Civil Veterinary Department. Madras. Admin. report 1926-33 - 1926-1933
Year: 1926
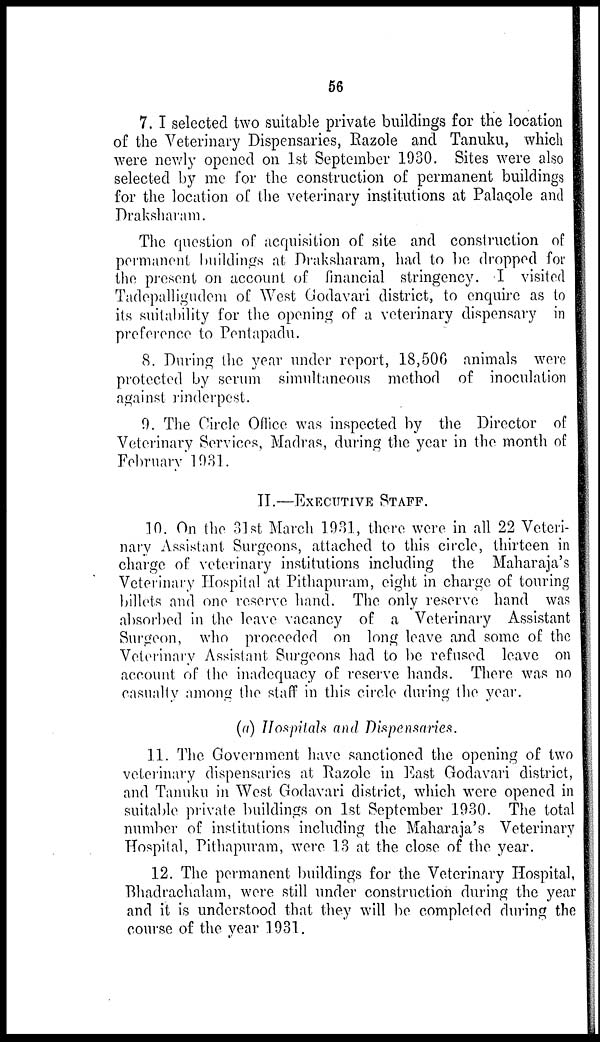
56
7. I selected two suitable private buildings for the location
of the Veterinary Dispensaries, Razole and Tanuku, which
were newly opened on 1st September 1930. Sites were also
selected by me for the construction of permanent buildings
for the location of the veterinary institutions at Palacole and
Draksharam.
The question of acquisition of site and construction of
permanent buildings at Draksharam, had to be dropped for
the present on account of financial stringency. I visited
Tadepalligudem of West Godavari district, to enquire as to
its suitability for the opening of a veterinary dispensary in
preference to Pentapadu.
8. During the year under report, 18,506 animals were
protected by serum simultaneous method of inoculation
against rinderpest.
9. The Circle Office was inspected by the Director of
Veterinary Services, Madras, during the year in the month of
February 1931.
II.—EXECUTIVE STAFF.
10. On the 31st March 1931, there were in all 22 Veteri-
nary Assistant Surgeons, attached to this circle, thirteen in
charge of veterinary institutions including the Maharaja's
Veterinary Hospital at Pithapuram, eight in charge of touring
billets and one reserve hand. The only reserve hand was
absorbed in the leave vacancy of a Veterinary Assistant
Surgeon, who proceeded on long leave and some of the
Veterinary Assistant Surgeons had to be refused leave on
account of the inadequacy of reserve hands. There was no
casualty among the staff in this circle during the year.
(a) Hospitals and Dispensaries.
11. The Government have sanctioned the opening of two
veterinary dispensaries at Razole in East Godavari district,
and Tanuku in West Godavari district, which were opened in
suitable private buildings on 1st September 1930. The total
number of institutions including the Maharaja's Veterinary
Hospital, Pithapuram, were 13 at the close of the year.
12. The permanent buildings for the Veterinary Hospital,
Bhadrachalam, were still under construction during the year
and it is understood that they will be completed during the
course of the year 1931.